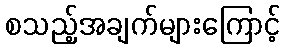
စသည့်အချက်များကြောင့်